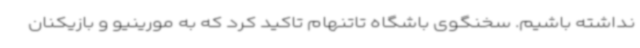
نداشته باشیم. سخنگوی باشگاه تاتنهام تاکید کرد که به مورینیو و بازیکنان